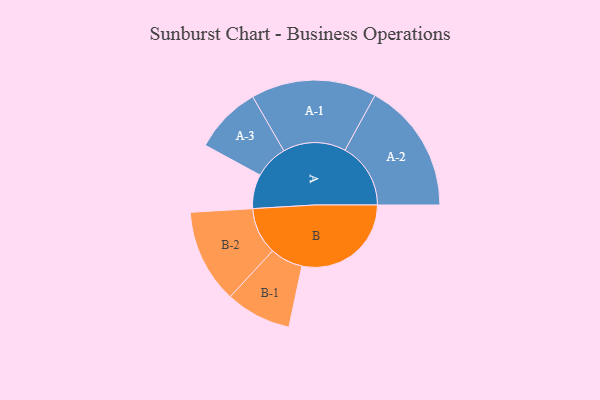
{"axis": {"x": "Segment", "y": "Value"}, "legend": ["", "A", "B"], "data": [{"x": "A", "y": 152, "type": ""}, {"x": "B", "y": 486, "type": ""}, {"x": "A-1", "y": 279, "type": "A"}, {"x": "A-2", "y": 292, "type": "A"}, {"x": "A-3", "y": 150, "type": "A"}, {"x": "B-1", "y": 146, "type": "B"}, {"x": "B-2", "y": 209, "type": "B"}]}